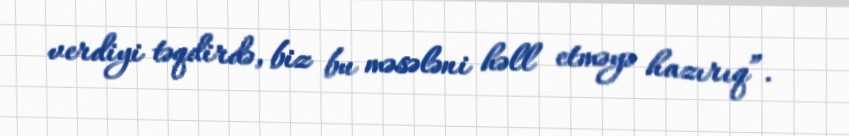
verdiyi təqdirdə, biz bu məsələni həll etməyə hazırıq”.